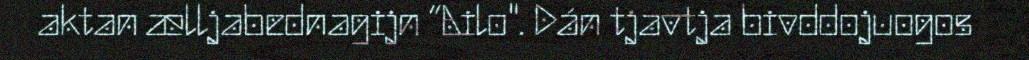
aktan ælljabednagijn “Ailo". Dán tjavtja bivddojuogos